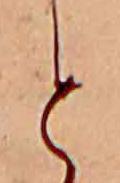
と